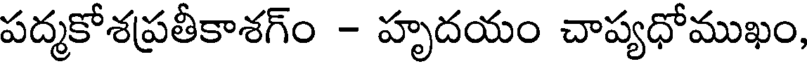
పద్మకోశప్రతీకాశగ్ం - హృదయం చాప్యధోముఖం,